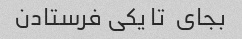
بجای  تا یکی فرستادن